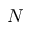
N